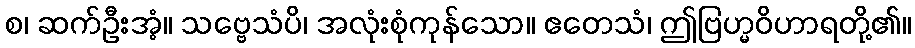
စ၊ ဆက်ဦးအံ့။ သဗ္ဗေသံပိ၊ အလုံးစုံကုန်သော။ ဧတေသံ၊ ဤဗြဟ္မဝိဟာရတို့၏။